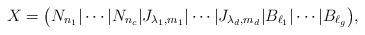
LaTeX: \begin{align*}X=\big(N_{n_1}|\cdots|N_{n_c}|J_{\lambda_1,m_1}|\cdots|J_{\lambda_d,m_d}|B_{\ell_1}|\cdots|B_{\ell_g}\big),\end{align*}